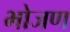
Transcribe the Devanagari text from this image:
भोजण